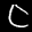
Label: 0